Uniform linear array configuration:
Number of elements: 64
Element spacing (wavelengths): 0.75
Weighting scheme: uniform
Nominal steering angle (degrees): -30
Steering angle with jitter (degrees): -28.576
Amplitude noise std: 0.05
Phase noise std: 0.05

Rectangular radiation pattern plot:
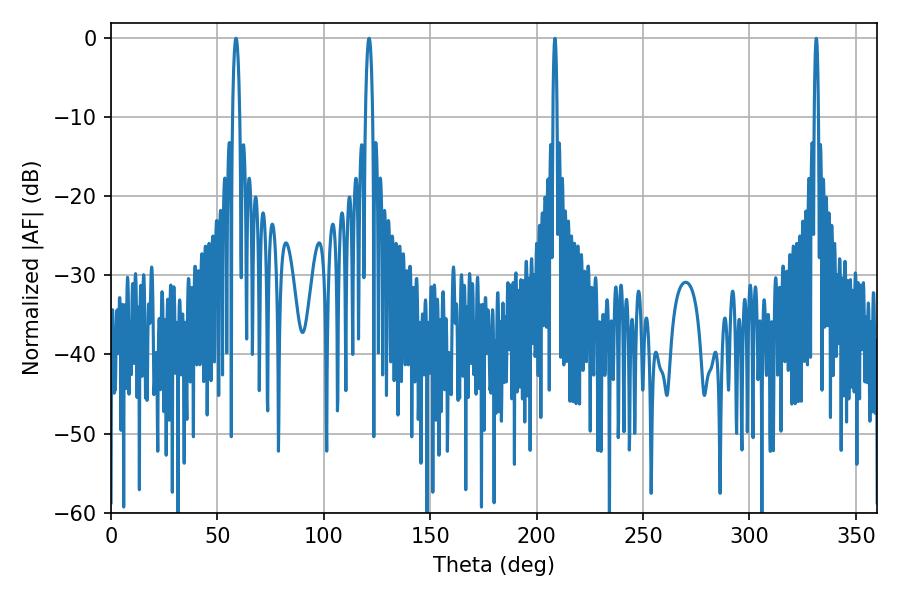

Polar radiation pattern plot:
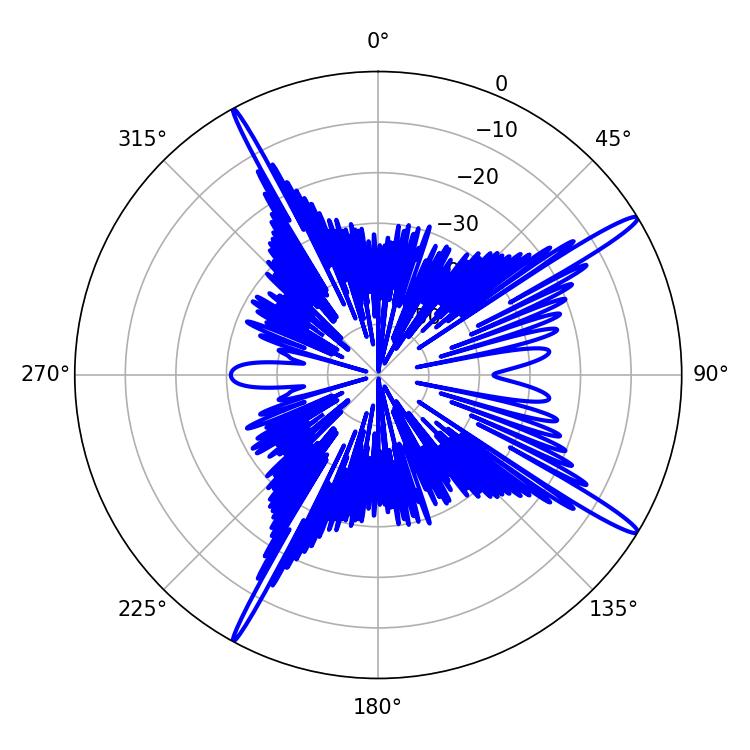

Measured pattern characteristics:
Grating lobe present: TRUE
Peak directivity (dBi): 16.383
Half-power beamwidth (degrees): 1.08
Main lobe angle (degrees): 208.62